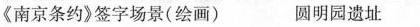
《南京条约》签字场景(绘画) 圆明园遗址